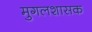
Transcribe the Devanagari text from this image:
मुगलशासक